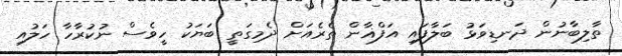
ތާލިބާނުން ދަނޑިވަޅު ބަލާފައި އަފްޣާން ތެރެއަށް ދެމިގަތީ ބަޔަކު ހީވެސް ނުކުރާހާ ހަލުއި